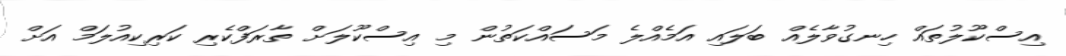
އިސްކޫލުތައް ހިނގުވާލެއް ބަލައި އަމެއްލެ މަސައްކަތުން މި އިސްކޫލަށް ތާރަފްކެރި ކަރިކިއުލަމް އަށް